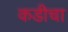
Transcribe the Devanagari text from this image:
कडीचा